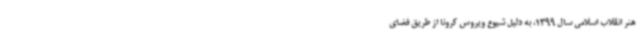
هنر انقلاب اسلامی سال 1399، به دلیل شیوع ویروس کرونا از طریق فضای